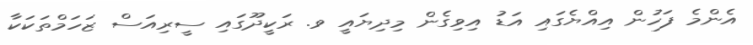
އެންމެ ފަހުން އިއްޔެގައި އަޑު އިވިގެން މިދިޔައީ ވ. ރަކީދޫގައި ސީރިއަސް ޒަހަމްތަކަކާ